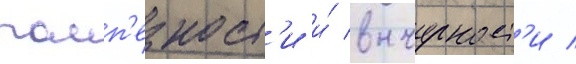
помп'езност'и и́ вычурност'и /